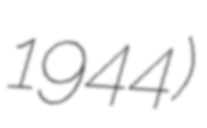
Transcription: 1944)